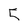
Character: 5